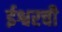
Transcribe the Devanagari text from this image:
ईश्वरची